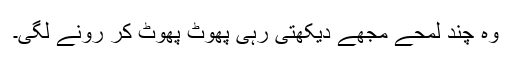
وہ چند لمحے مجھے دیکھتی رہی پھوٹ پھوٹ کر رونے لگی۔